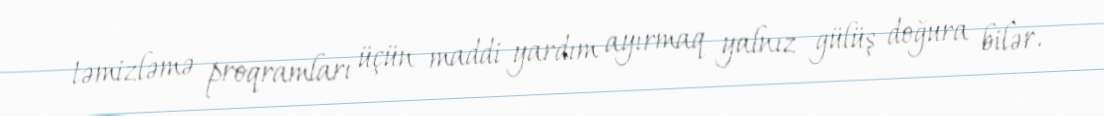
təmizləmə proqramları üçün maddi yardım ayırmaq yalnız gülüş doğura bilər.